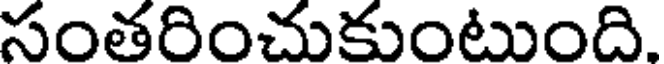
సంతరించుకుంటుంది.